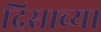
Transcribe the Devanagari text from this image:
दिसाच्या